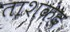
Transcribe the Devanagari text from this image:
ताशक़ंद